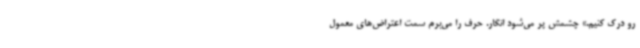
رو درک کنیم.» چشمش پر می‌شود انگار. حرف را می‌برم سمت اعتراض‌های معمول